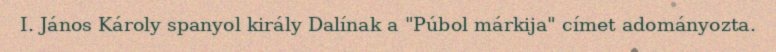
I. János Károly spanyol király Dalínak a "Púbol márkija" címet adományozta.